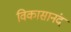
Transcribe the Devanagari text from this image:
विकासानंद